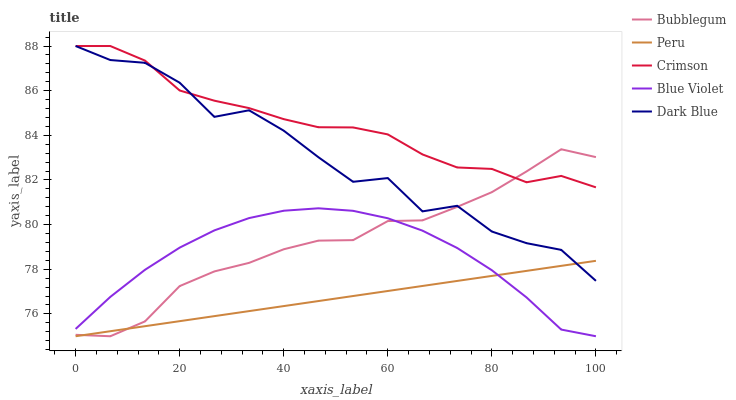
| xaxis_label | Bubblegum | Peru | Crimson | Blue Violet | Dark Blue |
 | --- | --- | --- | --- | --- | --- |
 | 0 | 75.1 | 75 | 88 | 75.3 | 88 |
 | 6.67 | 75 | 75.2 | 88 | 76.8 | 87.4 |
 | 13.3 | 75.7 | 75.5 | 87.3 | 78 | 87.2 |
 | 20 | 77.2 | 75.7 | 86 | 79 | 86.4 |
 | 26.7 | 77.9 | 75.9 | 85.6 | 79.7 | 84.8 |
 | 33.3 | 78.3 | 76.1 | 85.2 | 80.3 | 85.1 |
 | 40 | 78.9 | 76.4 | 84.7 | 80.6 | 84.2 |
 | 46.7 | 79.3 | 76.6 | 84.4 | 80.7 | 83 |
 | 53.3 | 79.3 | 76.8 | 84.4 | 80.6 | 81.9 |
 | 60 | 80.2 | 77 | 84 | 80.3 | 82.1 |
 | 66.7 | 80.2 | 77.3 | 83.1 | 79.7 | 80.6 |
 | 73.3 | 80.8 | 77.5 | 82.6 | 79 | 80.8 |
 | 80 | 81.5 | 77.7 | 82.5 | 78 | 79.7 |
 | 86.7 | 82.4 | 77.9 | 81.9 | 76.7 | 79.2 |
 | 93.3 | 83.4 | 78.2 | 82.2 | 75.3 | 78.9 |
 | 100 | 83 | 78.4 | 81.7 | 75 | 77.5 |